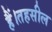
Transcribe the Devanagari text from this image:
हैं।तहसील